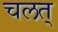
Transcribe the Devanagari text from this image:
चलत्